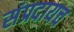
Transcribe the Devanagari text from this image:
संप्रदायच